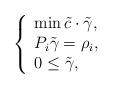
LaTeX: \begin{align*}\left\{\begin{array}{l}\min \tilde{c}\cdot \tilde{\gamma}, \\P_i \tilde{\gamma}=\rho_i,\\0 \leq \tilde{\gamma},\end{array}\right.\end{align*}